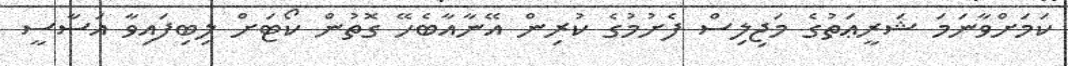
ކަމަށްވާނަމަ ޝަރީޢަތުގެ މަޖިލިސް ފެށުމުގެ ކުރިން އޭނާއާބެހޭ ގޮތުން ކޯޓަށް ލިބިފައިވާ އަސާސީ